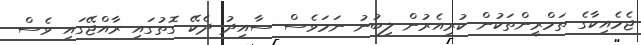
ޖެމެއިކާގެ ތަމްރީންތަކުން ކުރިއެރުން ލިބުނު ނަމަވެސް ސާއިދު ދެކޭ ގޮތުގައި ރާއްޖޭގައި ވެސް